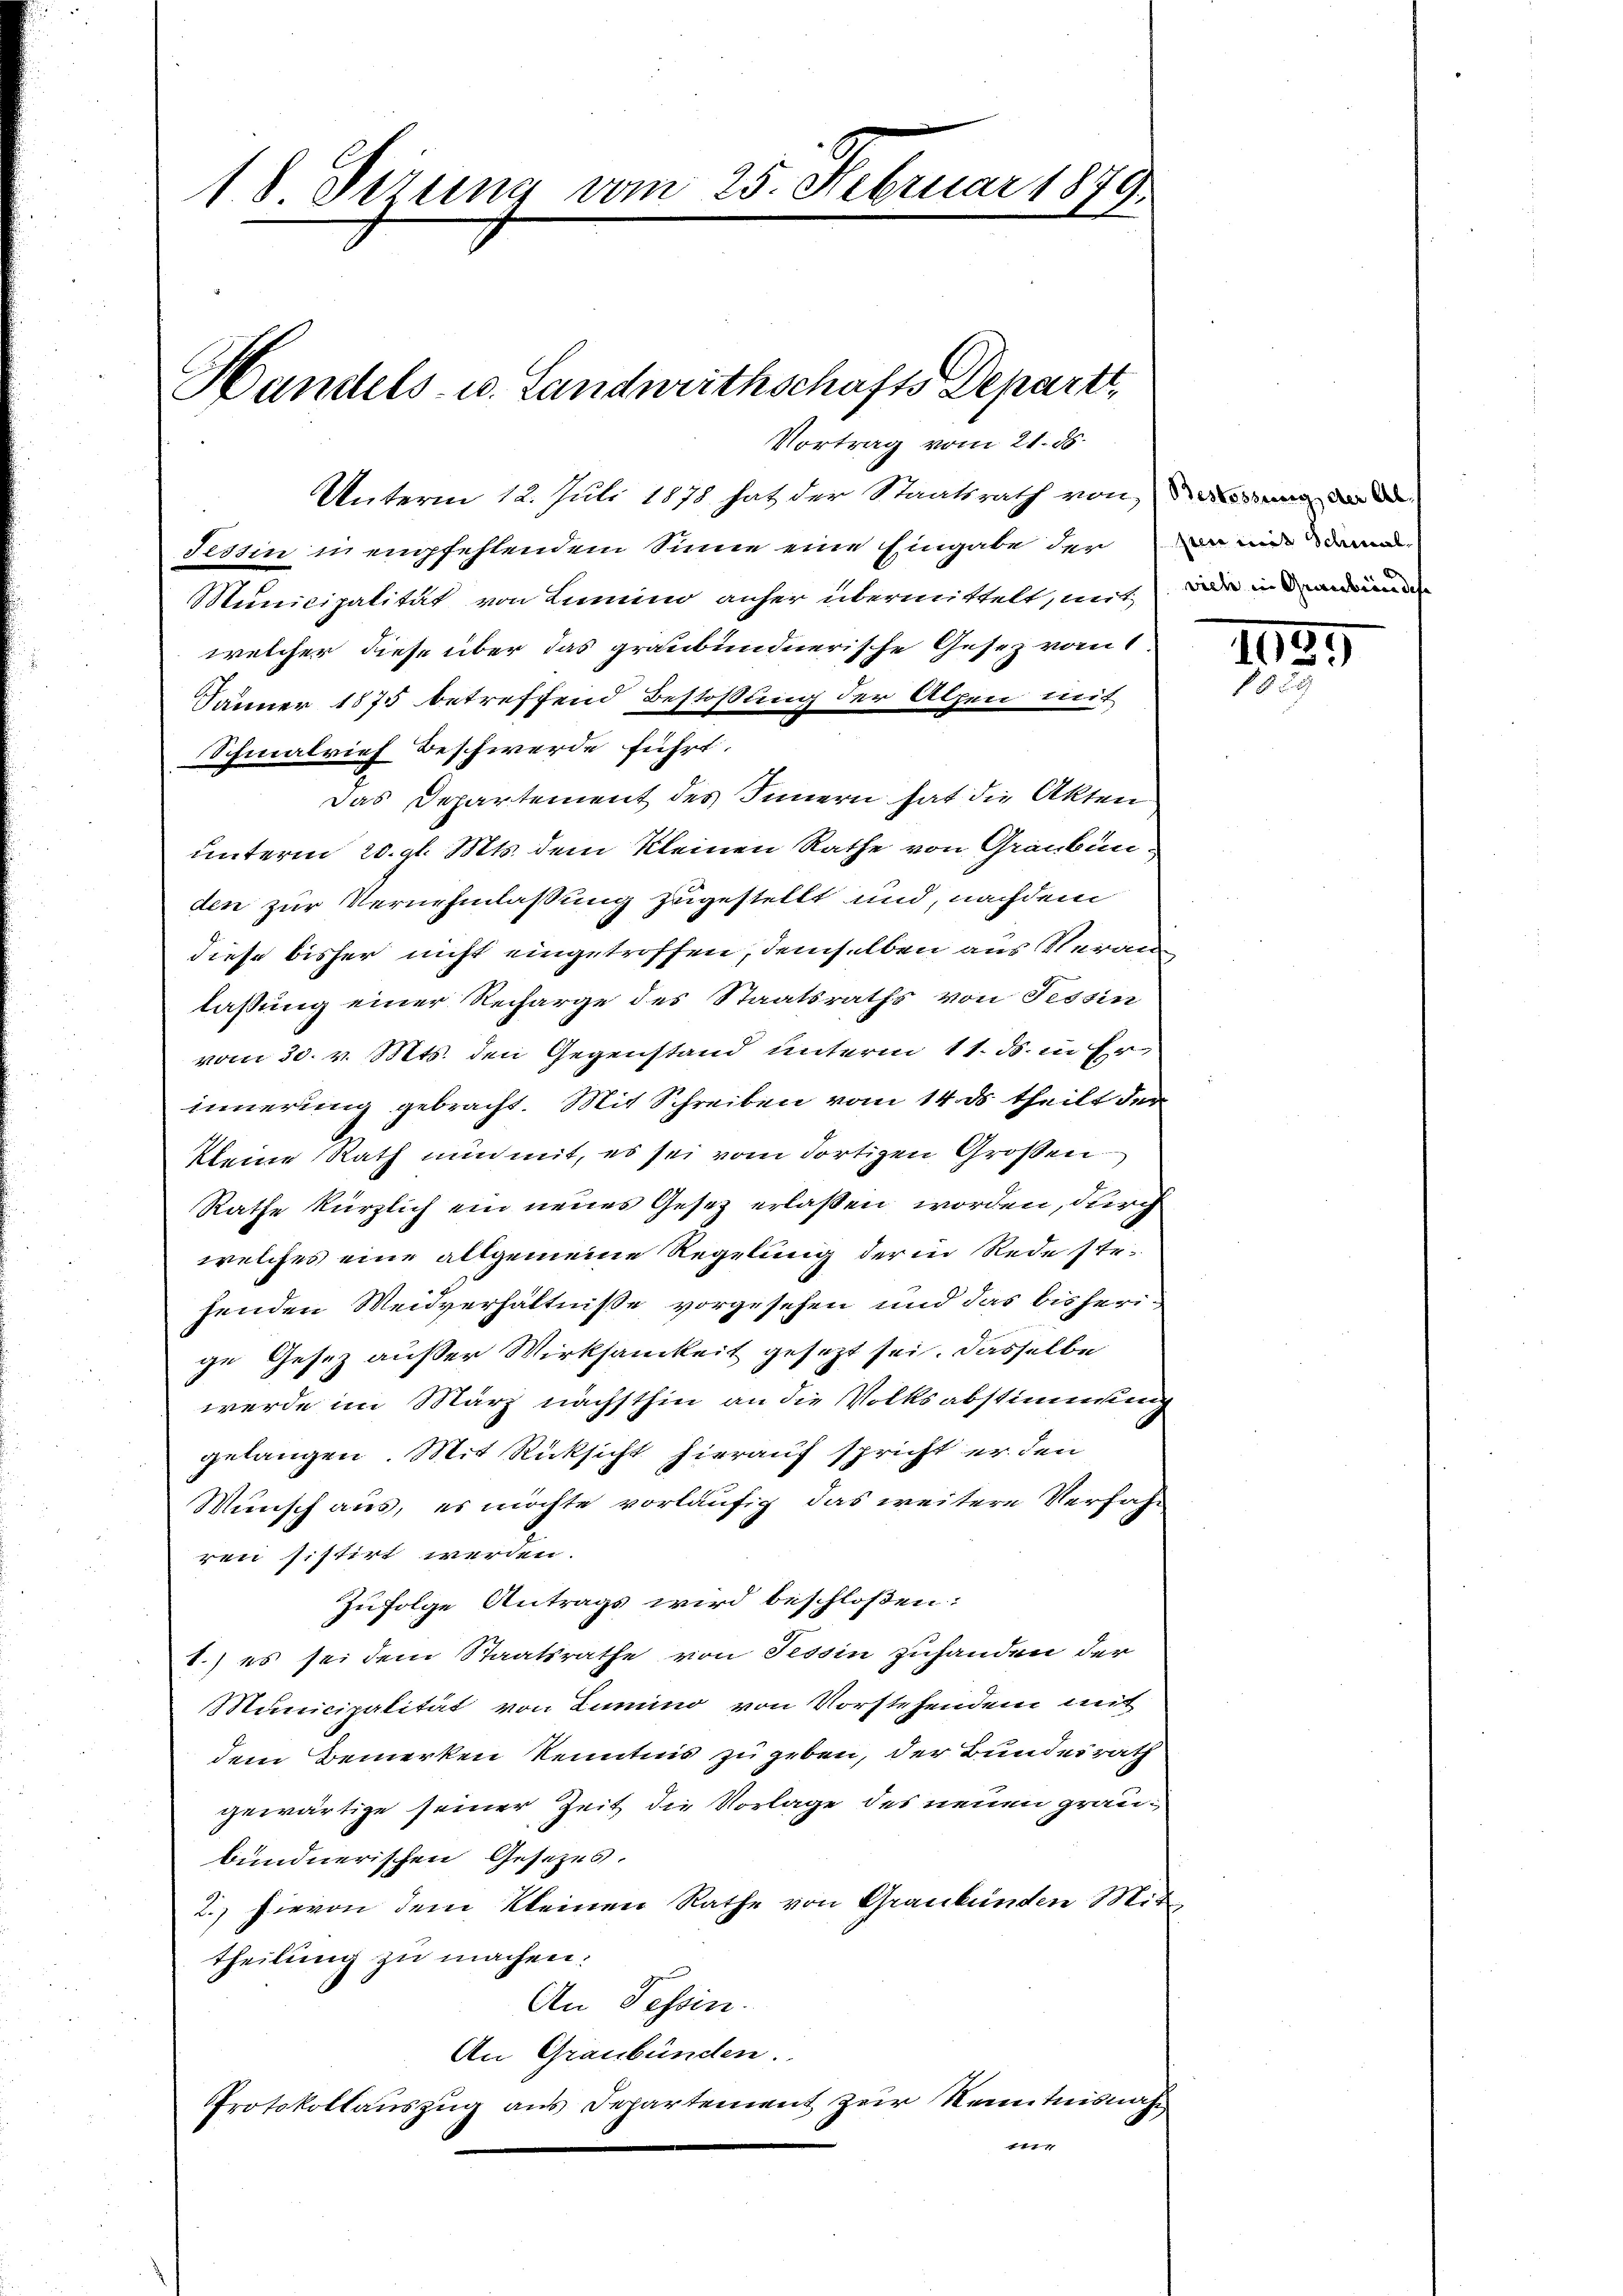
18 derung vom 25. Februar 1849
1

Vortrag vom 21. ds.
Tessin in empfehlendem Sinne eine Eingabe der an mit dem
Municipalität von Lumino anher übermittelt, mit, das in die
welcher diese über das graubündnerische Gesez vom 1.
Jänner 1875 betreffend Bestossung der Alpen mit
Schmalrief Beschwerde führt.
Das Departement des Innern hat die Akten
unterm 20. gl. Mts. dem kleinen Rathe von Graubünden zur Vernehmlassung zugestellt und, nachdem
diese bisher nicht eingetroffen, demselben aus Veran
lassung einer Recharge des Staatsraths von Tessin
vom 30. v. Mts. den Gegenstand unterm 11. ds. in Erinnerung gebracht. Mit Schreiben vom 14. ds. theilt der
kleine Rath nun mit, es sei vom dortigen Großen
Rathe kürzlich ein neues Gesetz erlaßen worden, durch
welches eine allgemeine Regelung der in Rede ste-
henden Weidverhältniße vorgesehen und das bisheri-
ge Gesez außer Wirksamkeit gesezt sei. Dasselbe
werde im März nächsthin an die Volksabstimmung
gelangen. Mit Rücksicht hierauf spricht er den
Wunsch aus, es möchte vorläufig das weitere Verfah-
ren sistirt werden.
Zufolge Antrags wird beschlossen:
1.) es sei dem Staatsrathe von Tessin zuhanden der
Municipalität von Lumino von Vorstehenden mit
dem Bemerken Kenntnis zu geben, der Bundesrath
gewärtige seiner Zeit die Vorlage des neuen graubundnerischen Gesetzes.
2. hievon dem kleinen Rathe von Graubünden Mittheilung zu machen.
An Tessin.
An Graubünden.
Protokollauszug aus Departement zur Kenntnisnah¬
14

Handels- u. Landweithschafts Depart
Unterm 12. Juli 1878 hat der Staatsrath von

1139
13